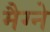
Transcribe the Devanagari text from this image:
मैग्ने